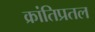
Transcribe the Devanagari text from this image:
क्रांतिप्रतल